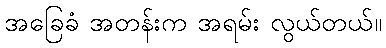
အခြေခံ အတန်းက အရမ်း လွယ်တယ်။